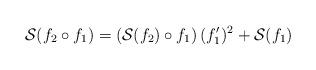
LaTeX: \begin{align*}\mathcal S(f_2 \circ f_1) = \left (\mathcal S(f_2) \circ f_1 \right) (f_1')^2 + \mathcal S(f_1)\end{align*}